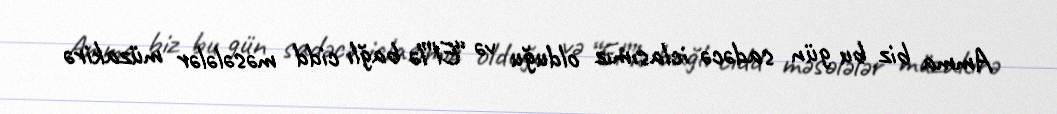
Amma biz bu gün sadəcə iclasımız olduğu və “El”lə bağlı cidd məsələlər müzakirə